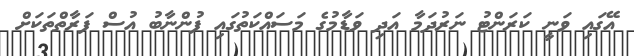
އޭގައި ވަނީ ކަރަންޓު ނަރުދަމާ އަދި ވަޑާމުގެ މަސައްކަތުގައި ފުންނާބު އުސް ފަރާތްތަކަށް